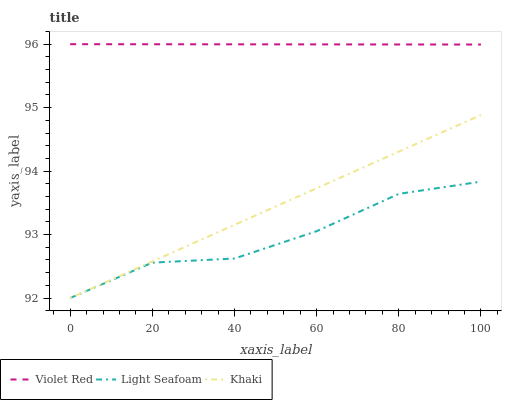
| xaxis_label | Violet Red | Light Seafoam | Khaki |
 | --- | --- | --- | --- |
 | 0 | 96 | 92 | 92 |
 | 20 | 96 | 92.6 | 92.6 |
 | 40 | 96 | 92.6 | 93.2 |
 | 60 | 96 | 93.1 | 93.7 |
 | 80 | 96 | 93.6 | 94.3 |
 | 100 | 96 | 93.8 | 94.9 |